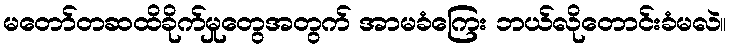
မတော်တဆထိခိုက်မှုတွေအတွက် အာမခံကြေး ဘယ်လိုတောင်းခံမလဲ။